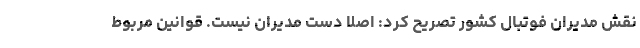
نقش مدیران فوتبال کشور تصریح کرد: اصلا دست مدیران نیست. قوانین مربوط